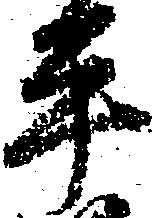
平